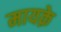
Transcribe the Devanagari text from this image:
मायक़े